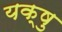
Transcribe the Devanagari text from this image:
यक्षु